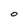
Character: O